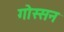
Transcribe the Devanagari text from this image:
गोस्सन